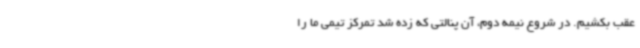
عقب بکشیم. در شروع نیمه دوم، آن پنالتی که زده شد تمرکز تیمی ما را